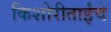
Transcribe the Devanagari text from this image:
किशोरीताईंचे